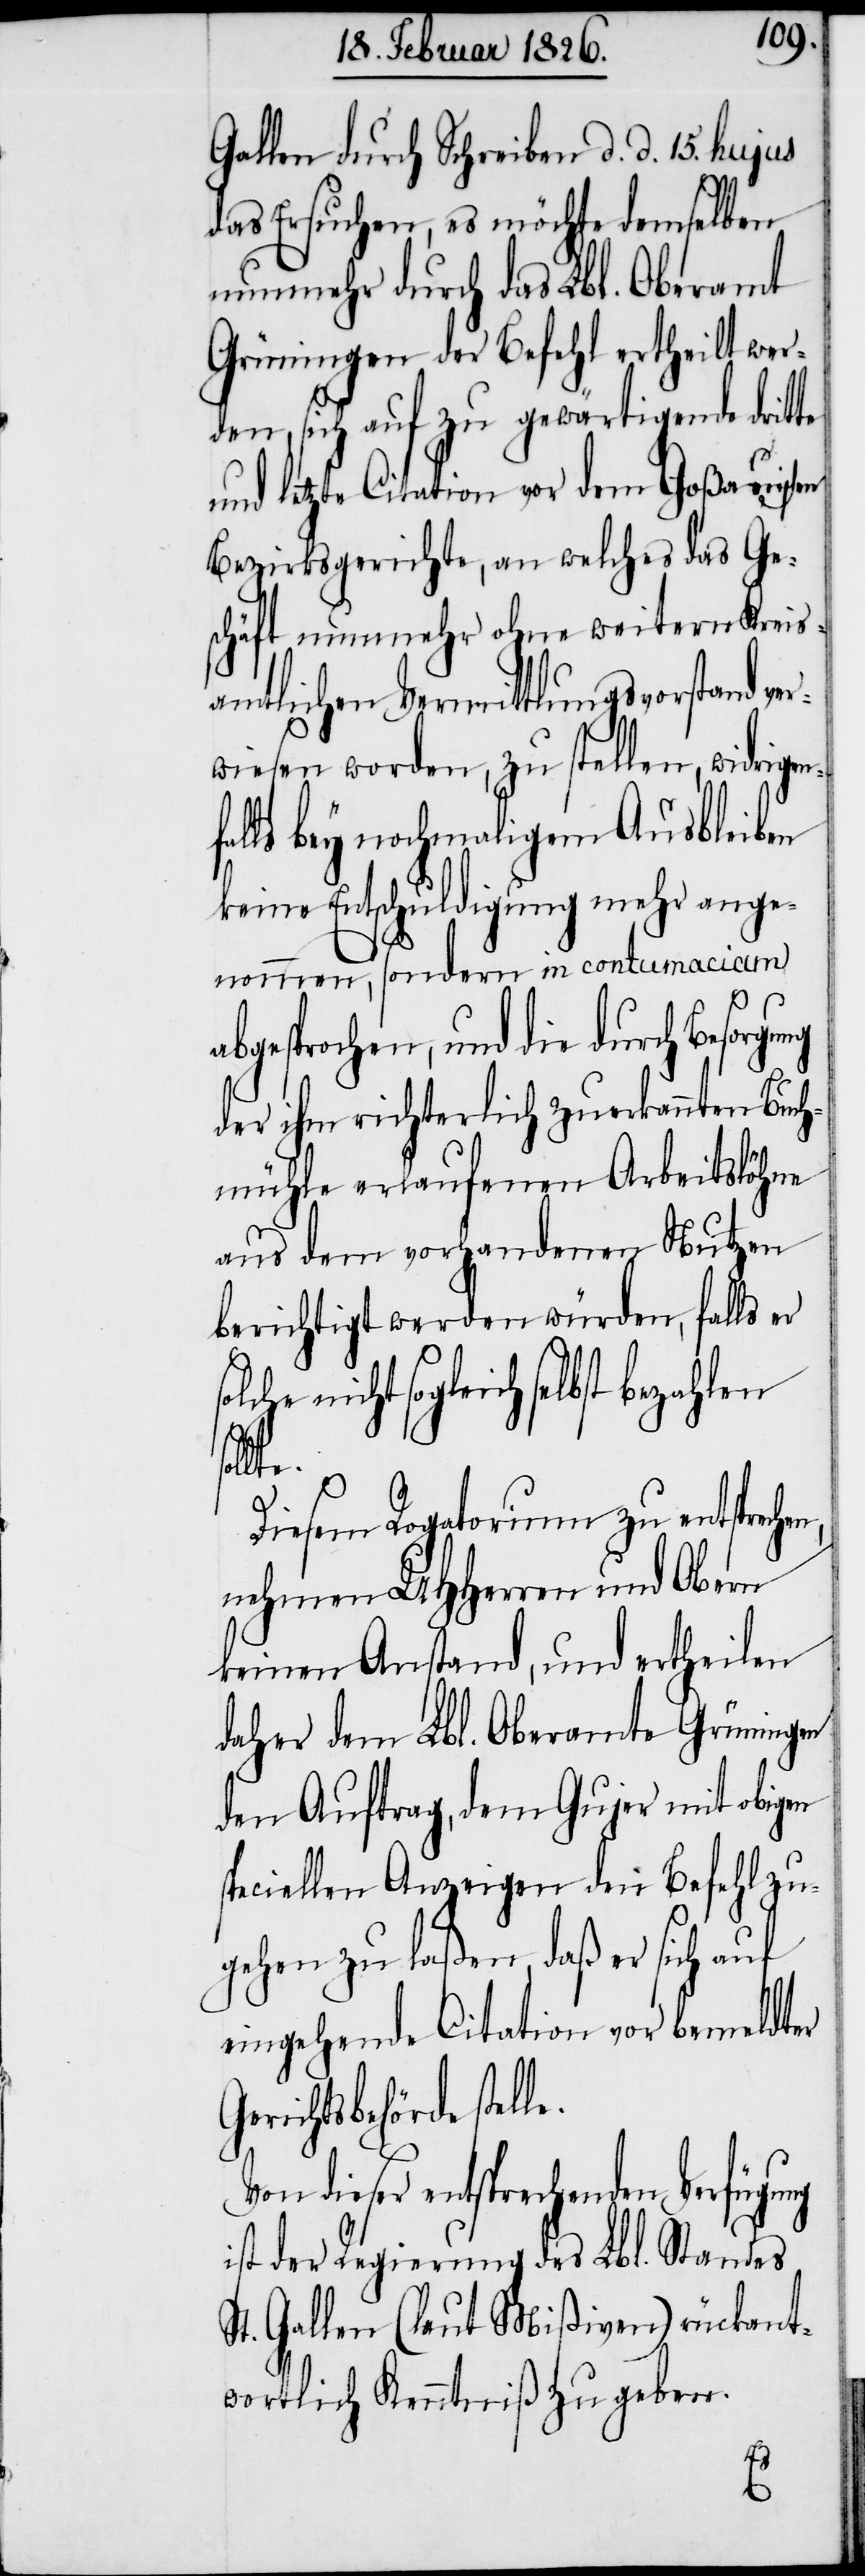
Gallen durch Schreiben d. d. 15. hujus
das Ersuchen, es möchte demselben
nunmehr durch das Lbl. Oberamt
Grüningen der Befehl ertheilt wer¬
den, sich auf zu gewärtigende dritte
und letzte Citation vor dem Goßauerisch¬
Bezirksgerichte, an welches das Ge¬
schäft nunmehr ohne weitern Kreis¬
amtlichen Vermittlungsvorstand ver¬
wiesen worden, zu stellen, widrige¬
ls bey nochmaligem Ausbleiben
keine Entschuldigung mehr ange¬
nommen, sondern in contumaciam
abgesprochen, und die durch Besorgung
der ihm richterlich zuerkannten Bu¬
chmühle erlaufenen Arbeitslöhne
aus dem vorhandenen Nutzen
berichtigt werden würden, falls er
che nicht sogleich selbst bezahlen
le.
Diesem Rogatorium zu entspre¬
nehmen UHHerren und Obern
keinen Anstand, und ertheilen
daher dem Lbl. Oberamte Grüningen
den Auftrag, dem Gujer mit obigen
speciellen Anzeigen den Befehl zu¬
gehen zu laßen, daß er sich auf
eingehende Citation vor bemeldter
Gerichtsbehörde stel¬
Von dieser entsprechenden Verfügung
ist der Regierung des Lbl. Standes
St. Gallen (laut Mißiven) rückant¬
wortlich Kenntniß zu geben.
en